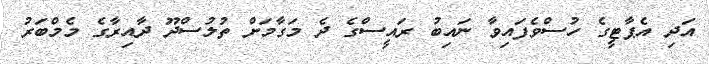
އަދި އެޕާޓީގެ ހުސްވެފައިވާ ނައިބު ރައީސްގެ ދެ މަގާމަށް ތުލުސްދޫ ދާއިރާގެ މެމްބަރު